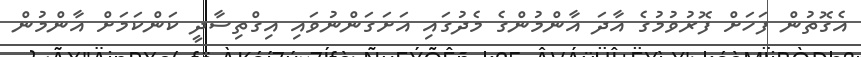
އެގޮތުން ފަހަށް ފޮރުވުމުގެ އާދަ އާންމުންގެ މެދުގައި އަށަގަންނުވައި އިގްތިސާދީ ކަންކަމަށް އާންމުން